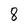
Character: 8